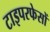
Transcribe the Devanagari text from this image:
टाइपरफेसों